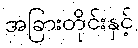
အခြားတိုင်းနှင့်